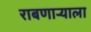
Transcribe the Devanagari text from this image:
राबणार्‍याला